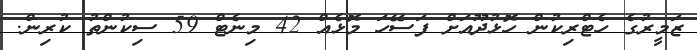
ޒަމީރުގެ ހެޓްރިކުން ހޮޅުދޫއަށް ފަސޭހަ މޮޅެއް 42 މިނެޓް 59 ސިކުންތު ކުރިން.